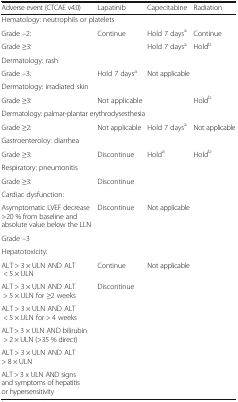
| Adverse event (CTCAE v4.0) | Lapatinib | Capecitabine | Radiation |
 | --- | --- | --- | --- |
 | <COLSPAN=4> Hematology: neutrophils or platelets |
 | Grade –2: | <ROWSPAN=2> Continue | Hold 7 daysa | Continue |
 | Grade ≥3: | Hold 7 daysa | Holdb |
 | <COLSPAN=4> Dermatology: rash |
 | Grade –3: | Hold 7 daysa | <COLSPAN=2> Not applicable |
 | <COLSPAN=4> Dermatology: irradiated skin |
 | Grade ≥3: | <COLSPAN=2> Not applicable | Holdb |
 | <COLSPAN=4> Dermatology: palmar-plantar erythrodysesthesia |
 | Grade ≥2: | Not applicable | Hold 7 daysa | Not applicable |
 | <COLSPAN=4> Gastroenteroloy: diarrhea |
 | Grade ≥3: | Discontinue | Holda | Holdb |
 | <COLSPAN=4> Respiratory: pneumonitis |
 | Grade ≥3: | Discontinue | <COLSPAN=2>  |
 | <COLSPAN=4> Cardiac dysfunction: |
 | Asymptomatic LVEF decrease >20 % from baseline and absolute value below the LLN | <ROWSPAN=2> Discontinue | <ROWSPAN=2-COLSPAN=2> Not applicable |
 | Grade –3 |
 | <COLSPAN=4> Hepatotoxicity: |
 | ALT > 3 × ULN AND ALT < 5 × ULN | Continue | <ROWSPAN=6-COLSPAN=2> Not applicable |
 | ALT > 3 × ULN AND ALT > 5 × ULN for ≥2 weeks | <ROWSPAN=5> Discontinue |
 | ALT > 3 × ULN AND ALT < 5 × ULN for > 4 weeks |
 | ALT > 3 × ULN AND bilirubin > 2 × ULN (>35 % direct) |
 | ALT > 3 × ULN AND ALT > 8 × ULN |
 | ALT > 3 x ULN AND signs and symptoms of hepatitis or hypersensitivity |